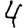
Digit: 4